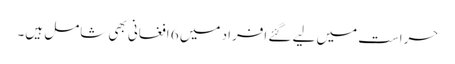
حراست میں لیے گئے افراد میں 6 افغانی بھی شامل ہیں۔